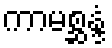
ကာမစ္ဆန္ဒံ